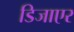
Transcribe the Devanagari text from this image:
डिजाएर